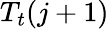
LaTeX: T_{t}(j+1)